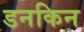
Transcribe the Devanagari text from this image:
डनकिन